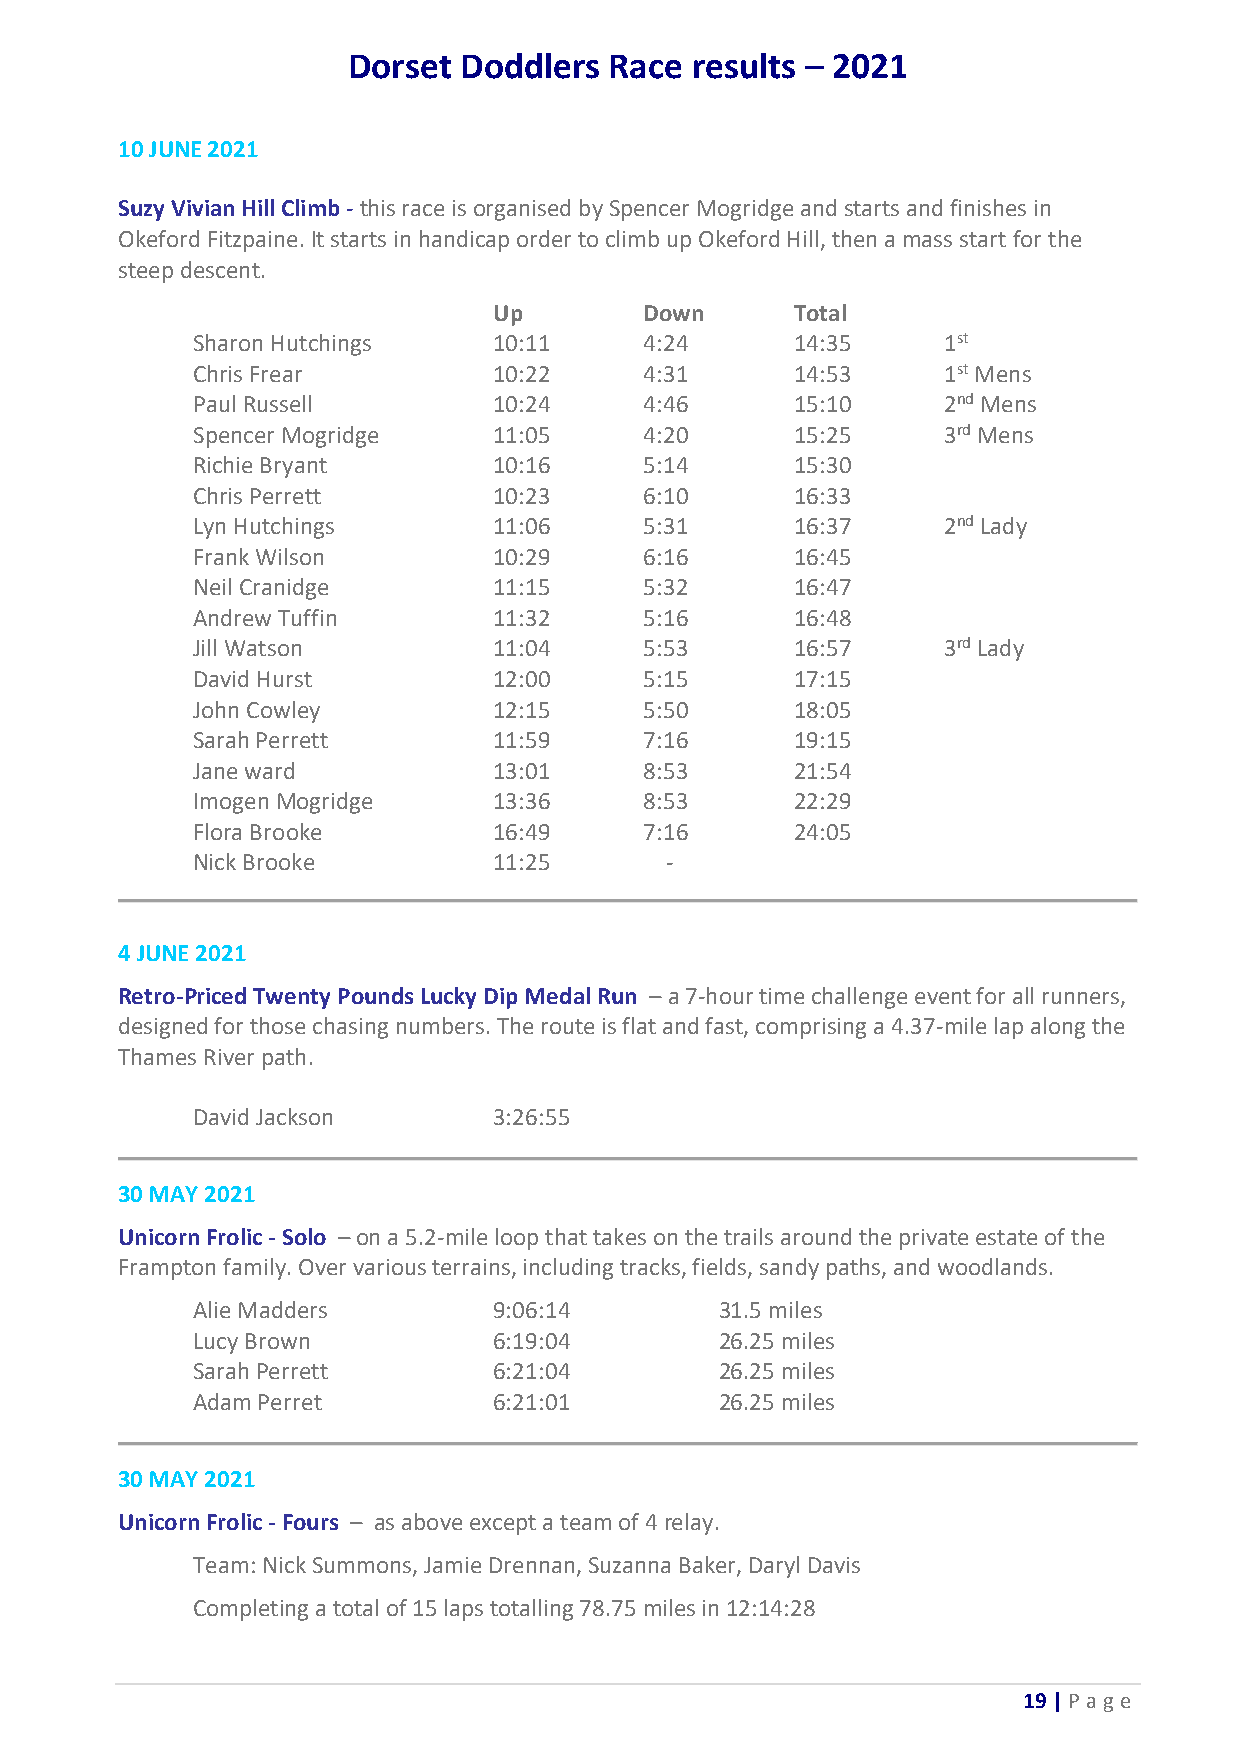
Dorset Doddlers  Race  results – 2021
 10 JUNE 2021
 Suzy Vivian Hill Climb - this race is organised by Spencer Mogridge and starts and finishes in
 Okeford Fitzpaine. It starts in handicap order to climb up Okeford Hill, then a mass start for the
 steep descent.
 Up        Down      Total
 Sharon Hutchings    10:11     4:24      14:35    1st
 Chris Frear         10:22     4:31      14:53    1st Mens
 Paul Russell        10:24     4:46      15:10    2nd Mens
 Spencer Mogridge    11:05     4:20      15:25    3rd Mens
 Richie Bryant       10:16     5:14      15:30
 Chris Perrett       10:23     6:10      16:33
 Lyn Hutchings       11:06     5:31      16:37    2nd Lady
 Frank Wilson        10:29     6:16      16:45
 Neil Cranidge       11:15     5:32      16:47
 Andrew Tuffin       11:32     5:16      16:48
 Jill Watson         11:04     5:53      16:57    3rd Lady
 David Hurst         12:00     5:15      17:15
 John Cowley         12:15     5:50      18:05
 Sarah Perrett       11:59     7:16      19:15
 Jane ward           13:01     8:53      21:54
 Imogen Mogridge     13:36     8:53      22:29
 Flora Brooke        16:49     7:16      24:05
 Nick Brooke         11:25      -
 4 JUNE 2021
 Retro-Priced Twenty Pounds Lucky Dip Medal Run – a 7-hour time challenge event for all runners,
 designed for those chasing numbers. The route is flat and fast, comprising a 4.37-mile lap along the
 Thames River path.
 David Jackson       3:26:55
 30 MAY 2021
 Unicorn Frolic - Solo – on a 5.2-mile loop that takes on the trails around the private estate of the
 Frampton family. Over various terrains, including tracks, fields, sandy paths, and woodlands.
 Alie Madders        9:06:14        31.5 miles
 Lucy Brown          6:19:04        26.25 miles
 Sarah Perrett       6:21:04        26.25 miles
 Adam Perret         6:21:01        26.25 miles
 30 MAY 2021
 Unicorn Frolic - Fours – as above except a team of 4 relay.
 Team: Nick Summons, Jamie Drennan, Suzanna Baker, Daryl Davis
 Completing a total of 15 laps totalling 78.75 miles in 12:14:28
 19 | P age